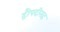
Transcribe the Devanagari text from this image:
द्रौपदीसह